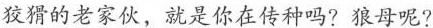
狡猾的老家伙，就是你在传种吗?狼母呢?